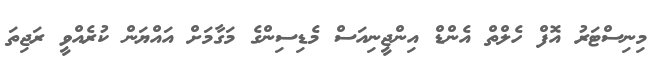
މިނިސްޓަރު އޮފް ހެލްތް އެންޑް އިންޖީނިއަސް މެޑިސިންގެ މަގާމަށް އައްޔަން ކުރެއްވީ ރަޖިތަ